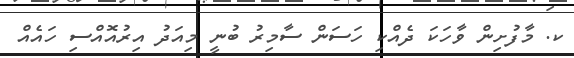
ކ. މާފުށިން ވާހަކަ ދެއްކި ހަސަން ސާމިރު ބުނީ މިއަދު އިރުއޮއްސި ހައެއް